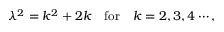
\lambda ^ { 2 } = k ^ { 2 } + 2 k \quad \mathrm { f o r } \quad k = 2 , 3 , 4 \cdots ,